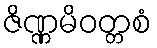
ဇိဏ္ဏမိဝတ္တစံ